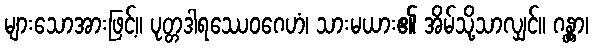
များသောအားဖြင့်။ ပုတ္တဒါရဿေဝဂေဟံ၊ သားမယား၏ အိမ်သို့သာလျှင်။ ဂန္တွာ၊